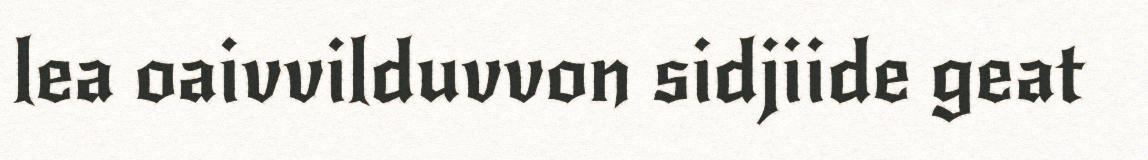
lea oaivvilduvvon sidjiide geat